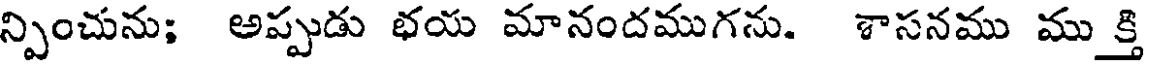
న్పించును; అప్పుడు భయ మానందముగను. శాసనము ముక్తి